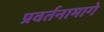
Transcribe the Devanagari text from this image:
प्रवर्तनामागे